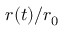
r ( t ) / r _ { 0 }